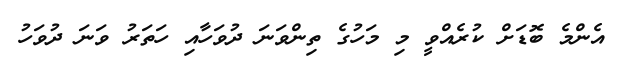
އެންމެ ބޮޑަށް ކުރެއްވީ މި މަހުގެ ތިންވަނަ ދުވަހާއި ހަތަރު ވަނަ ދުވަހު